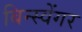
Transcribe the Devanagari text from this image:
बिन्स्वेंगर